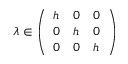
\lambda \in \left( \begin{array} { l l l } { h } & { 0 } & { 0 } \\ { 0 } & { h } & { 0 } \\ { 0 } & { 0 } & { h } \end{array} \right)